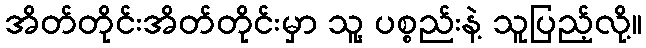
အိတ်တိုင်းအိတ်တိုင်းမှာ သူ့ ပစ္စည်းနဲ့ သူပြည့်လို့။